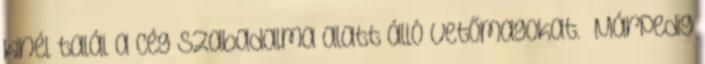
kinél talál a cég szabadalma alatt álló vetőmagokat.” Márpedig